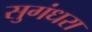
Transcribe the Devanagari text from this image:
सुगंधरा